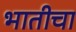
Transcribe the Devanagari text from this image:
भातीचा